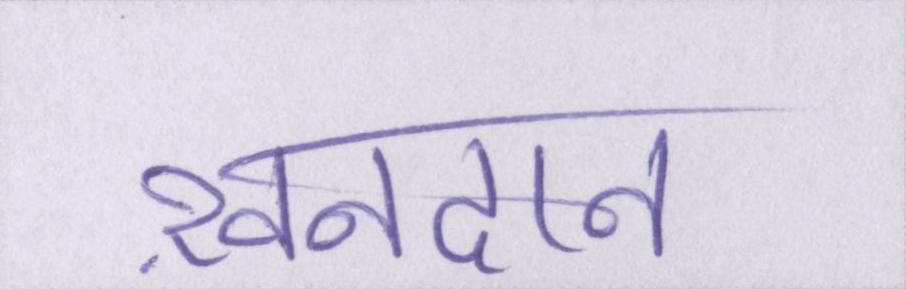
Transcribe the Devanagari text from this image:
ख़ानदान